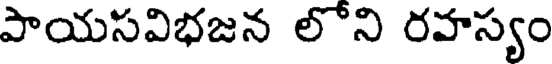
పాయసవిభజన లోని రహస్యం